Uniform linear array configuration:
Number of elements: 64
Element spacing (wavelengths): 0.5
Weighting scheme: blackman
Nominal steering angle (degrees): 45
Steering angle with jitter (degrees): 44.597
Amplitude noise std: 0.05
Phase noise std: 0.05

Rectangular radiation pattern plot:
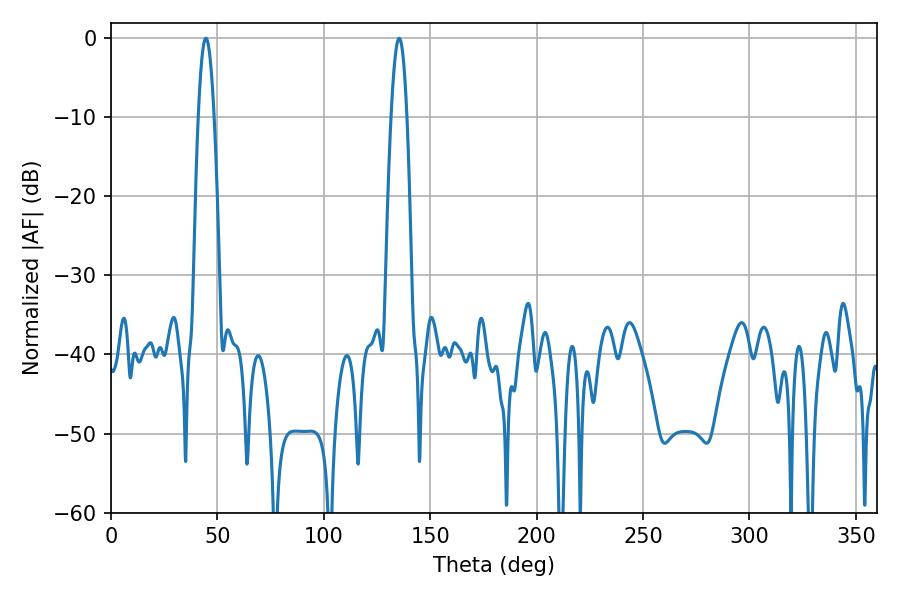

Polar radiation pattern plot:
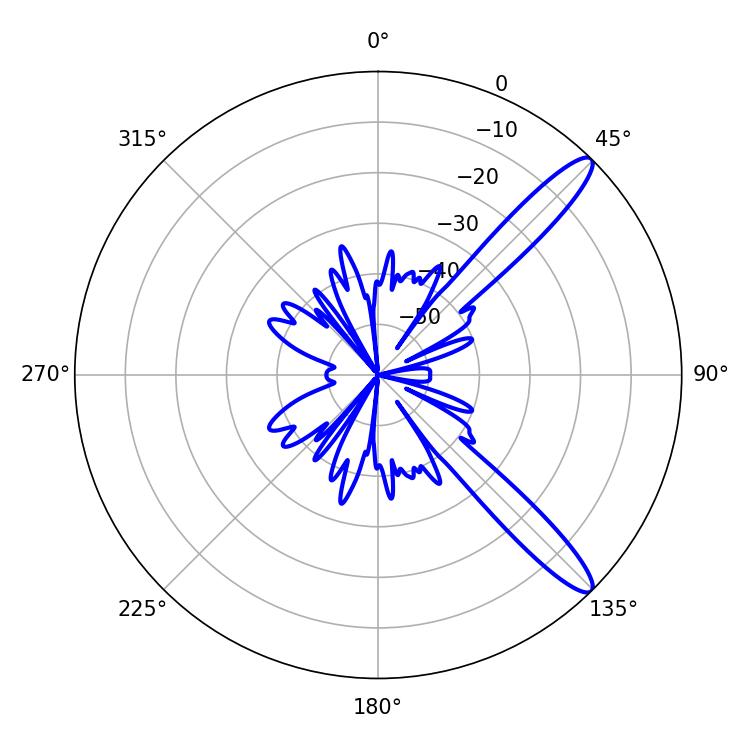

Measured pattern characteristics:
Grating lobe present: FALSE
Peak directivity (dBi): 12.653
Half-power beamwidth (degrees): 3.96
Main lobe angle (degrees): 44.64